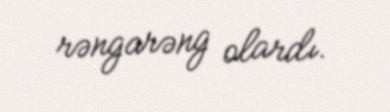
rəngarəng olardı.